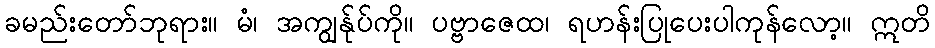
ခမည်းတော်ဘုရား။ မံ၊ အကျွန်ုပ်ကို။ ပဗ္ဗာဇေထ၊ ရဟန်းပြုပေးပါကုန်လော့။ ဣတိ